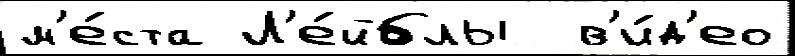
м'е́ста Л'е́йблы  в'и́д'ео